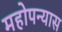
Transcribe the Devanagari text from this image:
महोपन्यास